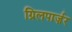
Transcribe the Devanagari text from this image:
ग्रिलपार्ज़र